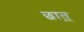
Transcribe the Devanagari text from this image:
छात्र्